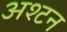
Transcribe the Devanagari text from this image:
अश्टन